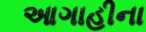
આગાહીના